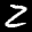
Label: 2